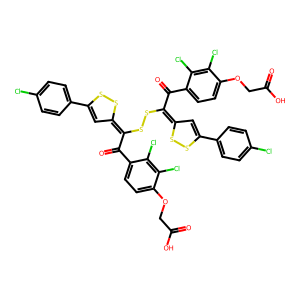
SMILES: O=C(O)COc1ccc(C(=O)C(SSC(C(=O)c2ccc(OCC(=O)O)c(Cl)c2Cl)=C2C=C(c3ccc(Cl)cc3)SS2)=C2C=C(c3ccc(Cl)cc3)SS2)c(Cl)c1Cl
Inhibits HIV replication: No